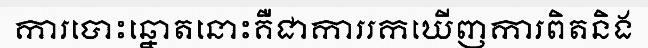
ការបោះឆ្នោតនោះគឺជាការរកឃើញការពិតនិង